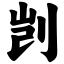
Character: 剀